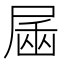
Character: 𰍿